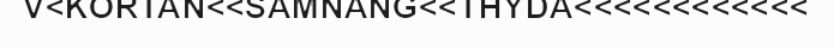
V<KORTAN<<SAMNANG<<THYDA<<<<<<<<<<<<